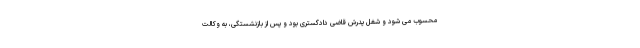
محسوب می شود و شغل پدرش قاضی دادگستری بود و پس از بازنشستگی، به وکالت